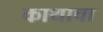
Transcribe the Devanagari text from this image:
काथाचा